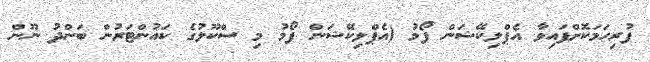
ފުރިހަމަކޮށްފައިވާ އެޕްލިކޭޝަން ފޯމު (އެޕްލިކޭޝަން ފޯމު މި ސްކޫލުގެ ކައުންޓަރުން ބަންދު ނޫން